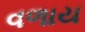
વળાય